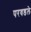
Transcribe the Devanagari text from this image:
परवडले